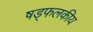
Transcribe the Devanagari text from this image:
षड्फलकीय